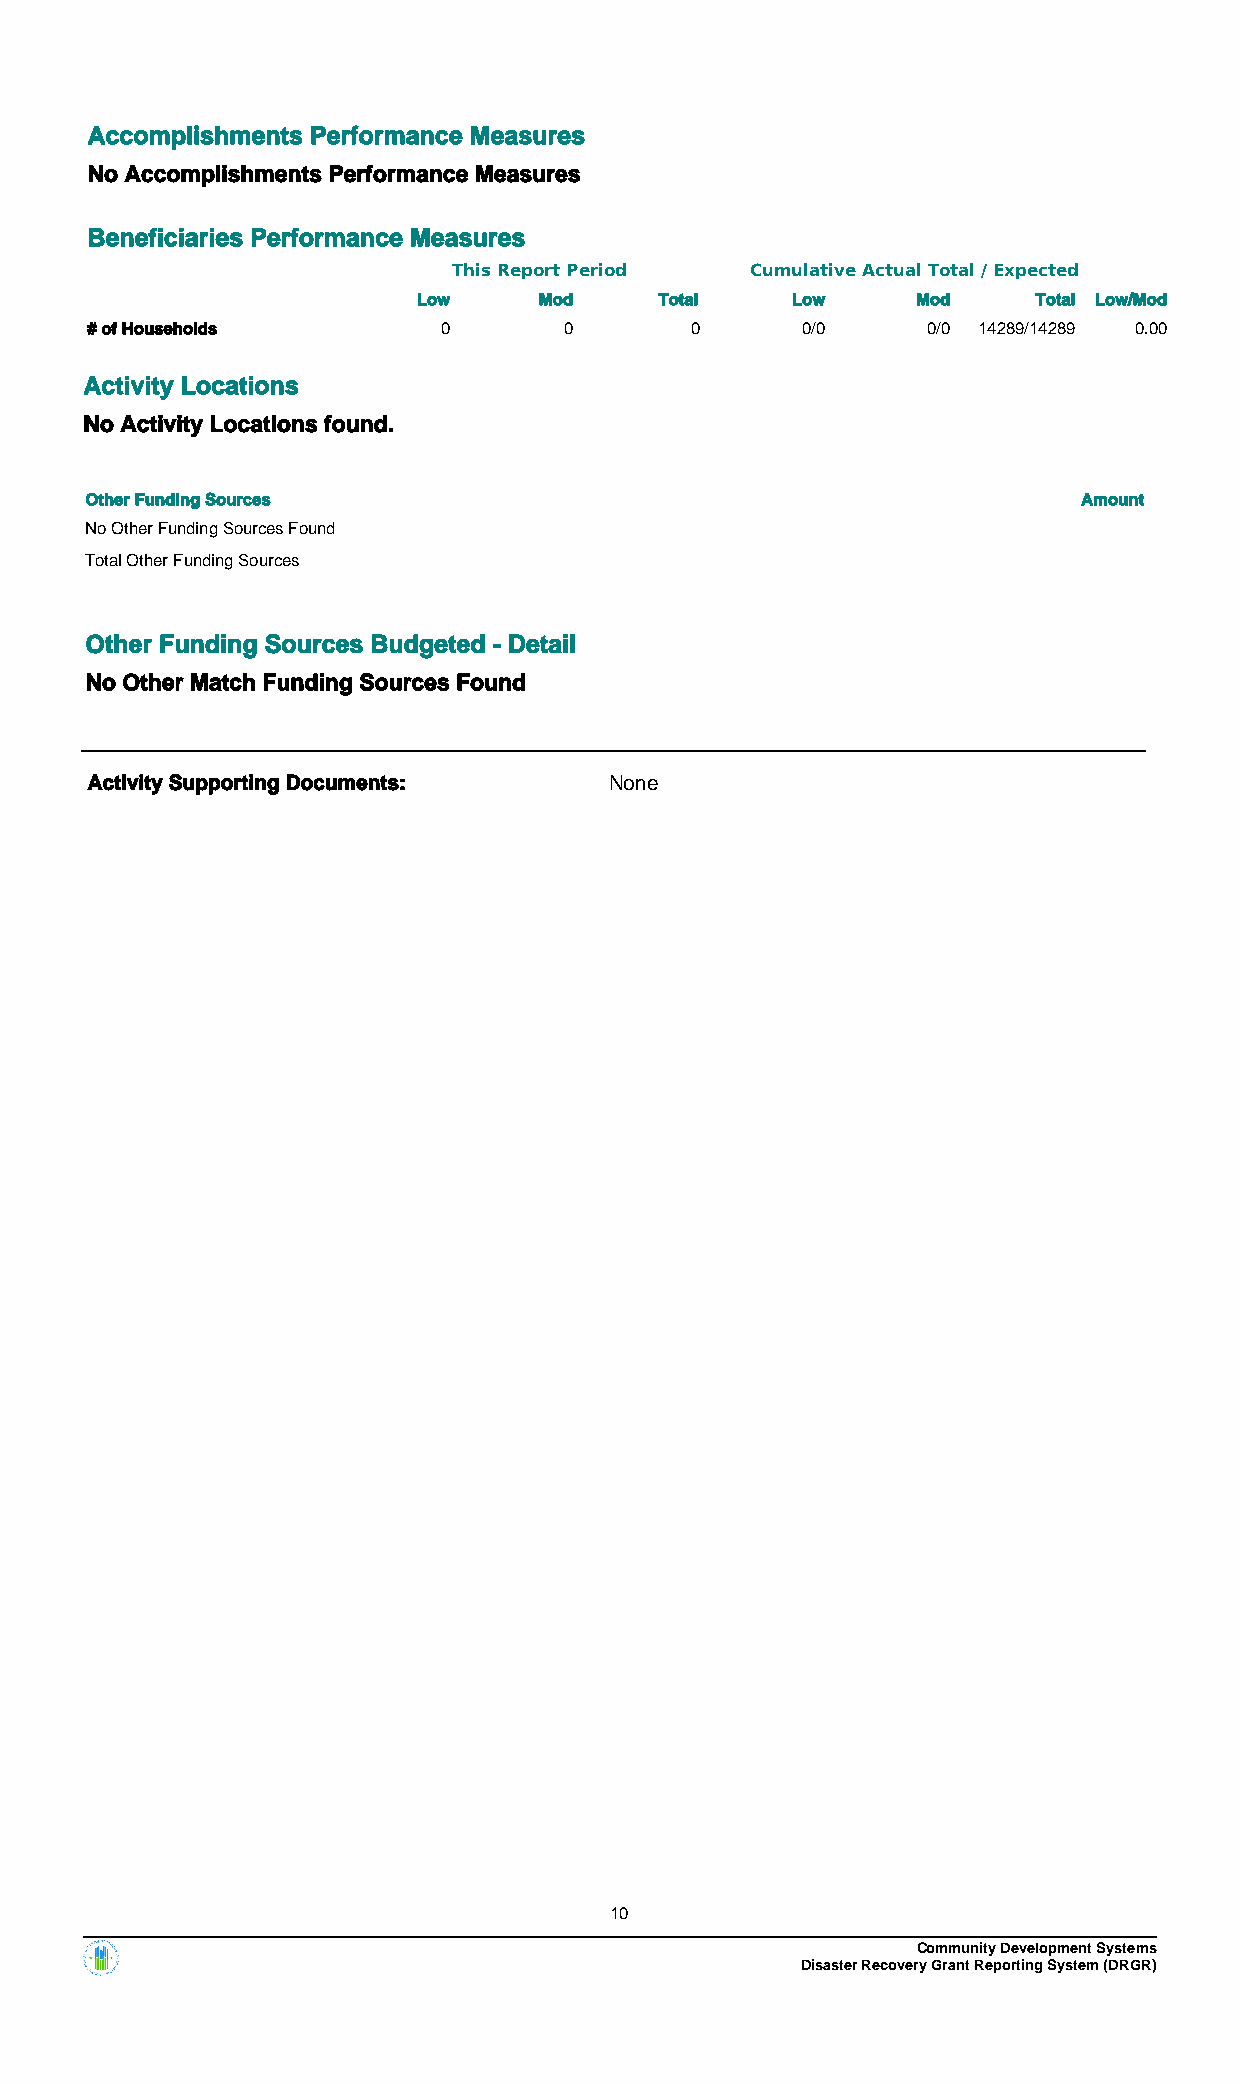
Accomplishments Performance Measures
 No Accomplishments Performance Measures
 Beneficiaries Performance Measures
 This Report Period  Cumulative Actual Total / Expected
 Low     Mod     Total   Low      Mod     Total Low/Mod
 # of Households        0       0        0      0/0     0/0 14289/14289 0.00
 Activity Locations
 No Activity Locations found.
 Other Funding Sources                                             Amount
 No Other Funding Sources Found
 Total Other Funding Sources
 Other Funding Sources Budgeted - Detail
 No Other Match Funding Sources Found
 Activity Supporting Documents:    None
 10
 Community Development Systems
 Disaster Recovery Grant Reporting System (DRGR)